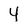
Character: 4